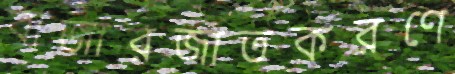
বাজারজাতকরণে